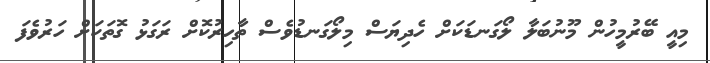
މިއީ ބޭރުމީހުން މޫނުބަލާ ލޯގަނޑަކަށް ހެދިޔަސް މިލޯގަނޑުވެސް ތާހިރުކޮށް ރަގަޅު ގޮތަކަށް ހަރުވެފަ